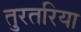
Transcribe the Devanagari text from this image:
तुरतरिया